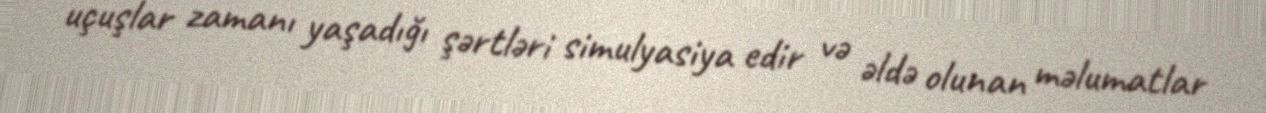
uçuşlar zamanı yaşadığı şərtləri simulyasiya edir və əldə olunan məlumatlar